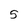
Character: 5